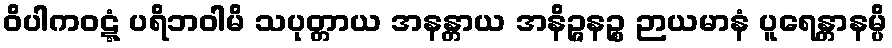
ဝိပါကဝဋ္ဋံ ပရိဘဝါမိ သပုတ္တာယ အနန္တာယ အနိဉ္ဇနဉ္စ ဉာယမာနံ ပူရေန္တာနမ္ပိ